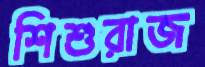
শিশুরাজ